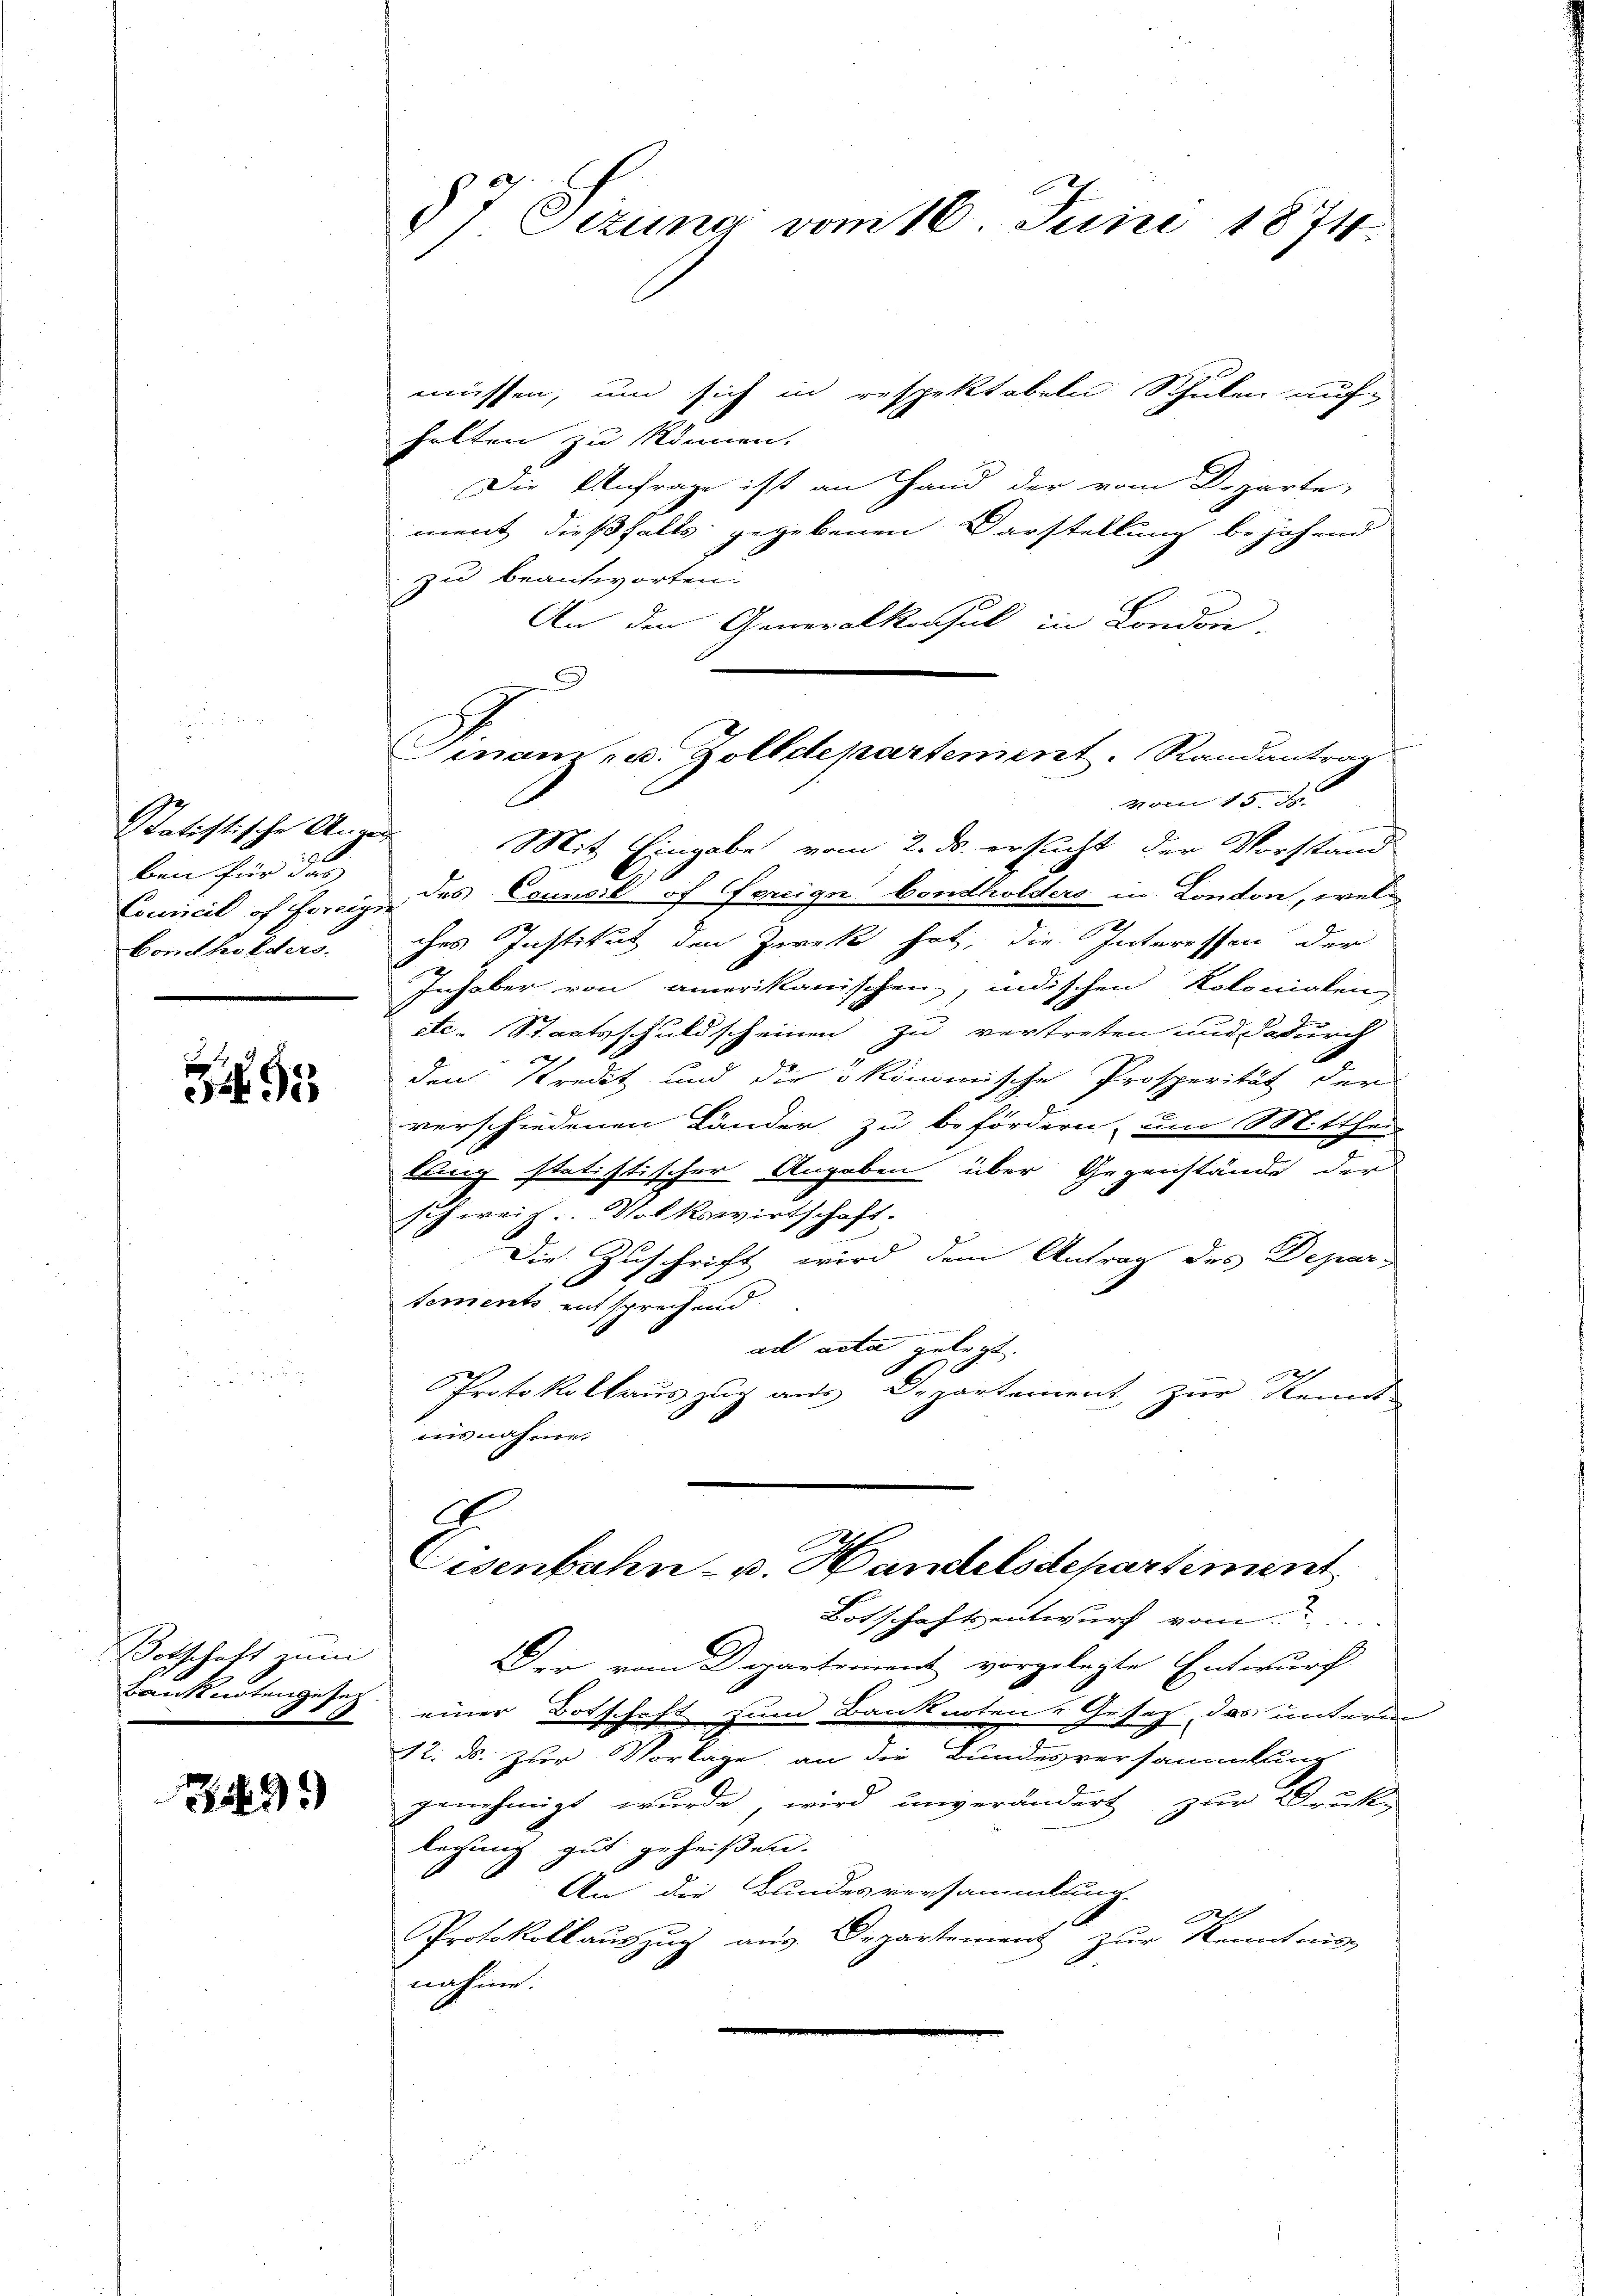
Statistische Ange
ben für das
Condholders.

95

Botschaft zum
Banknotengeseh

1

349.

57 Sizung vom 16. Juni 1874.

müssen, und sich in respektabeln Schulen auf-
halten zu können.
Die Anfrage ist an Hand der vom Departe,
ment dießfalls gegebenen Darstellung bejahend
zu beantworten.
An den Generalkonsul in London,
Mit Eingabe vom 2. ds. ersucht der Vorstand
Concil of Jais des Concil of orige bondholders in Conton, welches Institut den Zweck hat, die Interessen der
Inhaber von amerikanischen, indischen Kolonialen
etc. Staatsschuldscheinen zu vertreten und dadurch
den Kredit und die ökonomische Prosperität der
verschiedenen Länder zu befördern, um Mitthei
lung statistischer Angaben über Gegenstände der
schweiz. Volkswirtschaft.
Die Zuschrift wird dem Antrag des Departements entsprechend
ad acta gelegt.
Protokollaŭszŭg aŭs Departement zŭr Kennt
ausnahme.
Eisenbahn- u. Handelsdepartement
Botschaftsentwurf vom
Der vom Departement vorgelegte Entwurf
einer Botschaft zum Banknoten Gesetz, das unterm
12. ds. zur Vorlage, an die Bundesversammlung
genehmigt wurde, wird unverändert zur Druk-
Rechung gut geheißen.
An die Bundesversammlung.
Protokollaŭszŭg aŭs Departement zŭr Kenntnis
nahme.

Gmnam u. Zolldepartement. Randantrag

vom 15. J